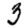
Digit: 3